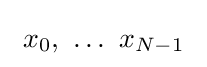
~x_{0},\ \ldots \ x_{N-1}~